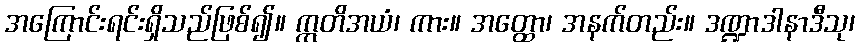
အကြောင်းရင်းရှိသည်ဖြစ်၍။ ဣတိအယံ၊ ကား။ အတ္ထော၊ အနက်တည်း။ ဒဏ္ဍာဒါနာဒီသု၊